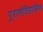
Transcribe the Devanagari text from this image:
पुराणेतिहासिक